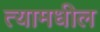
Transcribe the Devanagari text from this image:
त्‍यामधील